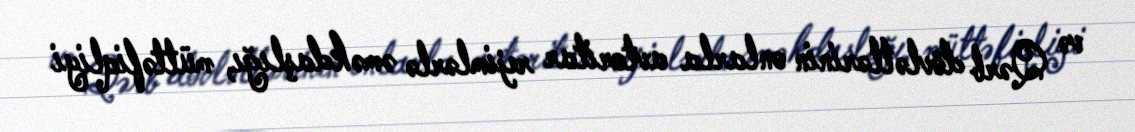
və Qərb dövlətlərinin onlarla avtoritar rejimlərlə əməkdaşlığı, müttəfiqliyi